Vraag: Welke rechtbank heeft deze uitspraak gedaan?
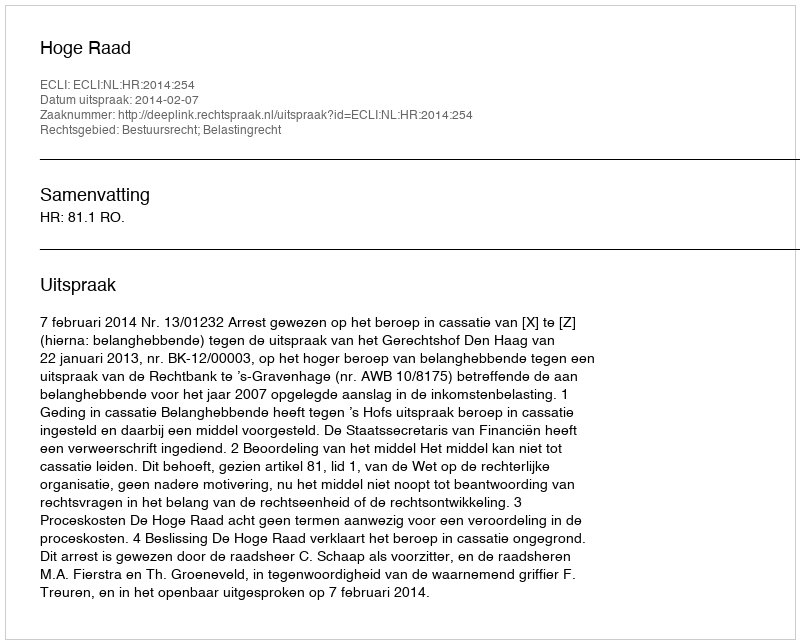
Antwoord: Hoge Raad